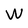
Character: W